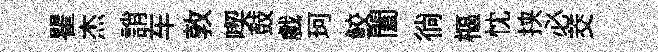
瞿杰誚车敦喫鼓戲珂鲛闔徜樞忱挟必茭